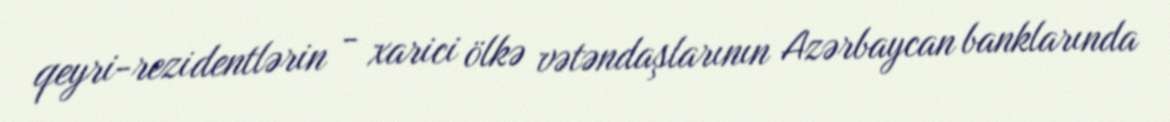
qeyri-rezidentlərin - xarici ölkə vətəndaşlarının Azərbaycan banklarında